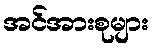
အင်အားစုများ